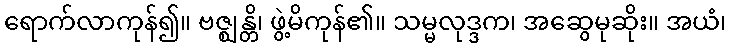
ရောက်လာကုန်၍။ ဗဇ္ဈန္တိ၊ ဖွဲ့မိကုန်၏။ သမ္မလုဒ္ဒက၊ အဆွေမုဆိုး။ အယံ၊